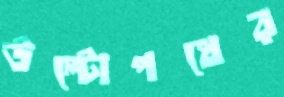
উল্টোপথের